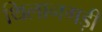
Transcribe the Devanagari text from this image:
थिलानगड़ी